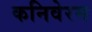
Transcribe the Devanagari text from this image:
कनिवेरम